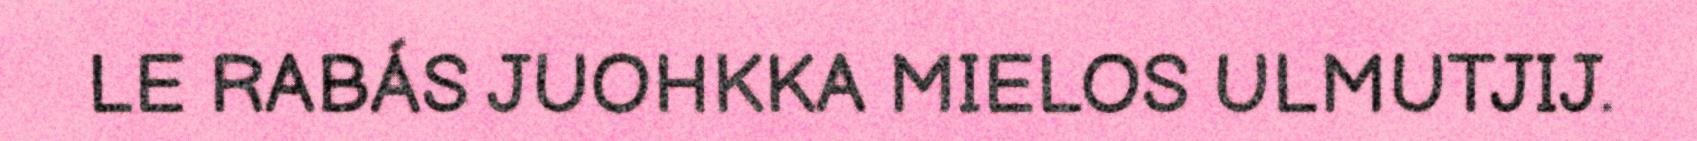
LE RABÁS JUOHKKA MIELOS ULMUTJIJ.